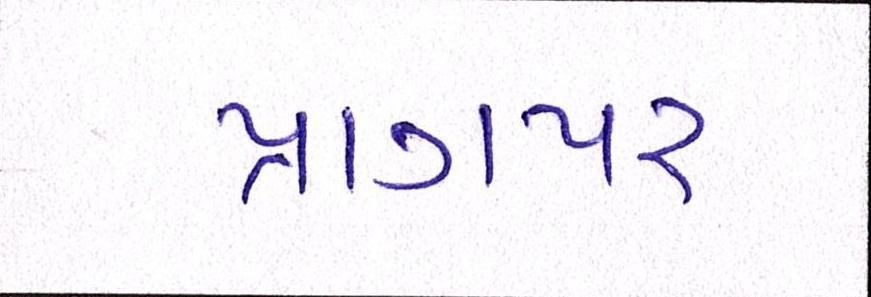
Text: પ્રાગપર